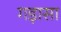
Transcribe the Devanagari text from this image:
गड़ासा